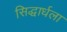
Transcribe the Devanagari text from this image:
सिद्धार्धला